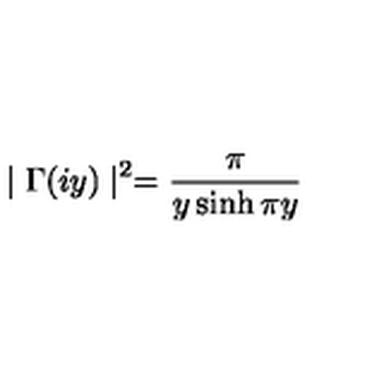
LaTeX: \mid \Gamma ( i y ) \mid ^ { 2 } = \frac \pi { y \sinh \pi y }